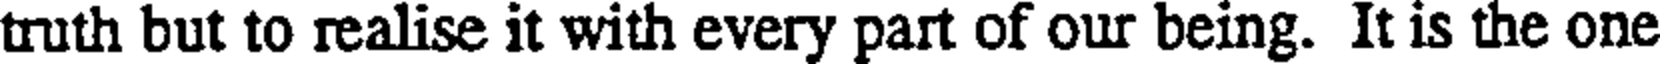
truth but to realise it with every part of our being. It is the one